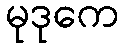
မုဒုကေ